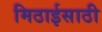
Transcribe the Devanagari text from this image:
मिठाईसाठी